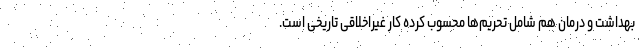
بهداشت و درمان هم شامل تحریم‌ها محسوب کرده کار غیراخلاقی تاریخی است.